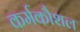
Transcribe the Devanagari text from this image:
कर्मकौशल